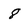
Character: 8